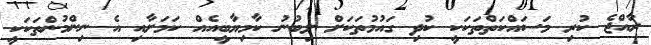
ރާއްޖެ ކުރި މަސައްކަތްތަކަކީ ކުދި ގައުމުތަކަށް ލިބުނު ކާމިޔާބީއެއް ކަމަށާއި އެ ނިންމުންތަކަކީ